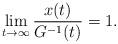
LaTeX: \begin{align*} \lim_{t\to\infty} \frac{x(t)}{G^{-1}(t)} =1.\end{align*}